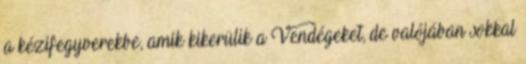
a kézifegyverekbe, amik kikerülik a Vendégeket, de valójában sokkal